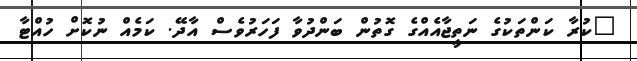
"ކުރާ ކަންތަކުގެ ނަތީޖާއެއްގެ ގޮތުން ބަންދުވާ ފަހަރުވެސް އާދޭ. ކަމެއް ނުކޮށް ހުއްޓާ